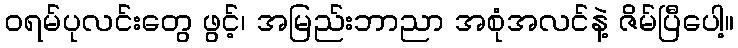
ဝရမ်ပုလင်းတွေ ဖွင့်၊ အမြည်းဘာညာ အစုံအလင်နဲ့ ဇိမ်ပြီပေါ့။